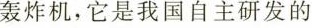
轰炸机，它是我国自主研发的